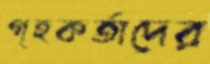
গৃহকর্তাদের